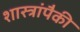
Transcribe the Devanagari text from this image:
शास्त्रांपैकी